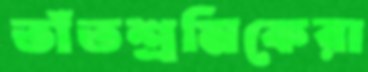
তাঁতশ্রমিকেরা